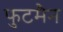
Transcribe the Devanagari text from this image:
फुटमैन